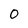
Character: 0